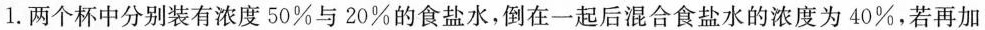
1.两个杯中分别装有浓度50%与20%的食盐水，倒在一起后混合食盐水的浓度为40%，若再加